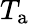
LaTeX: T_{\mathrm{a}}